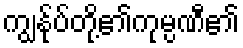
ကျွန်ုပ်တို့၏ကုမ္ပဏီ၏